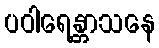
ပဝါရေန္တာသနေ